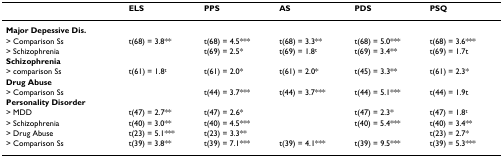
<table><thead><tr><td></td><td><b>ELS</b></td><td><b>PPS</b></td><td><b>AS</b></td><td><b>PDS</b></td><td><b>PSQ</b></td></tr></thead><tbody><tr><td><b>Major Depessive Dis.</b></td><td></td><td></td><td></td><td></td><td></td></tr><tr><td>&gt; Comparison Ss</td><td>t(68) = 3.8**</td><td>t(68) = 4.5***</td><td>t(68) = 3.3**</td><td>t(68) = 5.0***</td><td>t(68) = 3.6***</td></tr><tr><td>&gt; Schizophrenia</td><td></td><td>t(69) = 2.5*</td><td>t(69) = 1.8<sup>t</sup></td><td>t(69) = 3.4**</td><td>t(69) = 1.7t</td></tr><tr><td><b>Schizophrenia</b></td><td></td><td></td><td></td><td></td><td></td></tr><tr><td>&gt; comparison Ss</td><td>t(61) = 1.8<sup>t</sup></td><td>t(61) = 2.0*</td><td>t(61) = 2.0*</td><td>t(45) = 3.3**</td><td>t(61) = 2.3*</td></tr><tr><td><b>Drug Abuse</b></td><td></td><td></td><td></td><td></td><td></td></tr><tr><td>&gt; Comparison Ss</td><td></td><td>t(44) = 3.7***</td><td>t(44) = 3.7***</td><td>t(44) = 5.1***</td><td>t(44) = 1.9t</td></tr><tr><td><b>Personality Disorder</b></td><td></td><td></td><td></td><td></td><td></td></tr><tr><td>&gt; MDD</td><td>t(47) = 2.7**</td><td>t(47) = 2.6*</td><td></td><td>t(47) = 2.3*</td><td>t(47) = 1.8<sup>t</sup></td></tr><tr><td>&gt; Schizophrenia</td><td>t(40) = 3.0**</td><td>t(40) = 4.5***</td><td></td><td>t(40) = 5.4***</td><td>t(40) = 3.4**</td></tr><tr><td>&gt; Drug Abuse</td><td>t(23) = 5.1***</td><td>t(23) = 3.3**</td><td></td><td></td><td>t(23) = 2.7*</td></tr><tr><td>&gt; Comparison Ss</td><td>t(39) = 3.8**</td><td>t(39) = 7.1***</td><td>t(39) = 4.1***</td><td>t(39) = 9.5***</td><td>t(39) = 5.3***</td></tr></tbody></table>